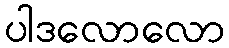
ပါဒလောလော